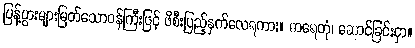
ပြန့်ပွားများမြတ်သောဝန်ကြီးဖြင့် ဖိစီးပြည့်နှက်လေရကား။ ဓာရေတုံ၊ ဆောင်ခြင်းငှာ။